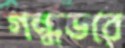
গন্ধভরে